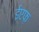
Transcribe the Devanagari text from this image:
ईएफ़